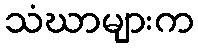
သံဃာများက